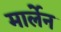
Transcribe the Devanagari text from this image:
मार्लेन